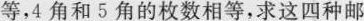
等，4角和5角的枚数相等，求这四种邮